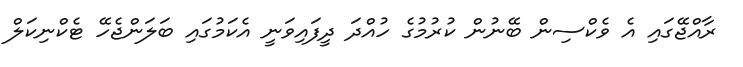
ރާއްޖޭގައި އެ ވެކްސިން ބޭނުން ކުރުމުގެ ހުއްދަ ދީފައިވަނީ އެކަމުގައި ބަލަންޖެހޭ ޓެކްނިކަލް